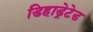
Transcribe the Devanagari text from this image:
डिहाड्रेटेड